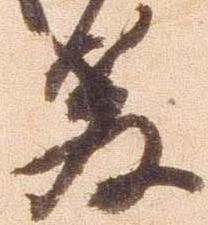
教